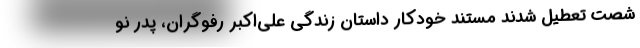
شصت تعطیل شدند مستند خودکار داستان زندگی علی‌اکبر رفوگران، پدر نو